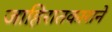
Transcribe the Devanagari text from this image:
जाहिरातकाराने